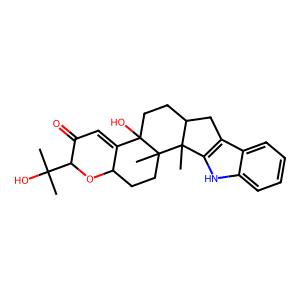
SMILES: CC(C)(O)C1OC2CCC3(C)C(O)(CCC4Cc5c([nH]c6ccccc56)C43C)C2=CC1=O
Inhibits HIV replication: No